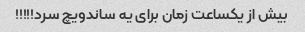
بیش از یکساعت زمان برای یه ساندویچ سرد!!!!!